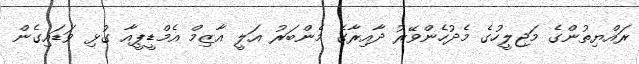
ރައްޔިތުންގެ މަޖިލީހުގެ މެދުހެންވޭރު ދާއިރާގެ މެންބަރު އަލީ އާޒިމް އެމްޑީޕީއާ ގުޅި ވަޑައިގެން